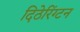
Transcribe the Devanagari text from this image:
दिठेरिंग्टन